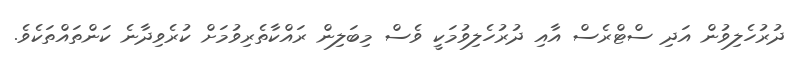
ދުރުހެލިވުން އަދި ސްޓްރެސް އާއި ދުރުހެލިވުމަކީ ވެސް މިބަލިން ރައްކާތެރިވުމަށް ކުރެވިދާނެ ކަންތައްތަކެވެ.